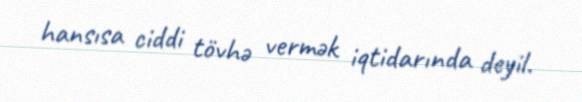
hansısa ciddi tövhə vermək iqtidarında deyil.